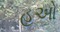
હૂઓ